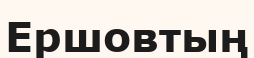
Ершовтың